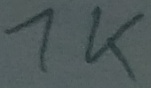
Text: 1K